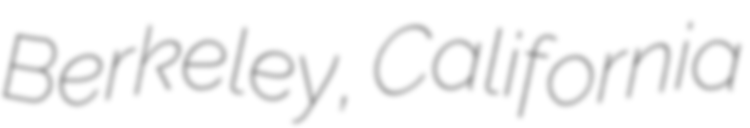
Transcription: Berkeley, California